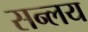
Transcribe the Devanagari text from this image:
सन्लय